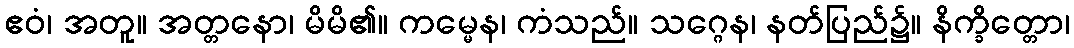
ဧဝံ၊ အတူ။ အတ္တနော၊ မိမိ၏။ ကမ္မေန၊ ကံသည်။ သဂ္ဂေန၊ နတ်ပြည်၌။ နိက္ခိတ္တော၊